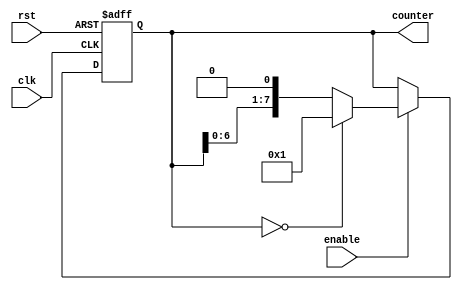
module ring_counter_enable (    
    input wire clk,               // Clock input
    input wire rst,               // Asynchronous reset input
    input wire enable,            // Enable input
    output reg [7:0] counter      // 8-bit counter output
);

// Reg for storing current counter value
reg [7:0] current_counter;

// Always block for counter logic with enable
always @(posedge clk or posedge rst)
begin
    if (rst) begin
        current_counter <= 8'b00000001;  // Reset counter to initial value
    end
    else begin
        if (enable) begin
            current_counter <= current_counter << 1;  // Shift '1' bit left for ring counter
            if (current_counter == 8'b00000000) begin
                current_counter <= 8'b00000001;  // Wrap around when counter reaches maximum value
            end
        end
    end
end

// Assign current_counter to counter output
assign counter = current_counter;

endmodule